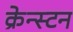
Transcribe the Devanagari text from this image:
क्रेन्स्टन